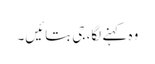
وہ کہنے لگا، جی بتائیں۔